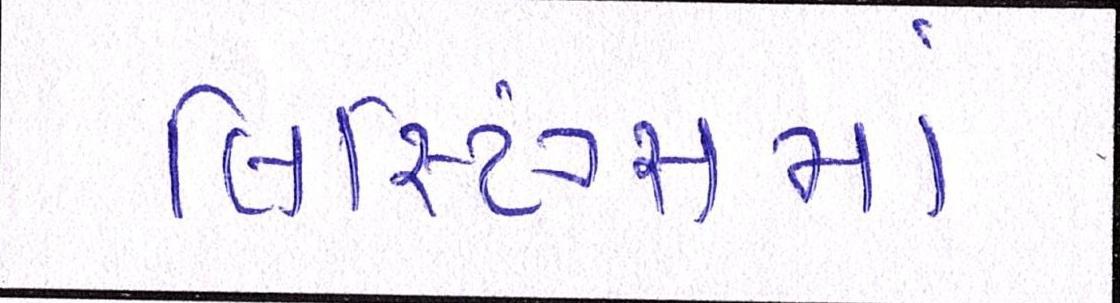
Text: લિસ્ટિંગ્સમાં